Notes on the propagation and cultivation of the medicinal cinchonas, or Peruvian bark trees
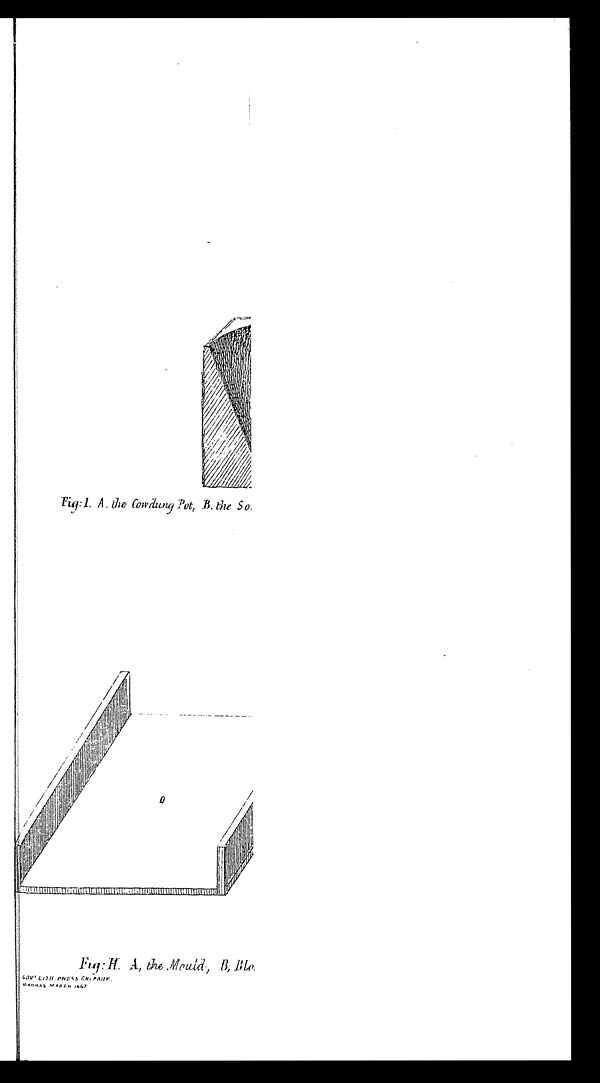
Fig: 1. A. the Cowdung Pot, B. the So.
Fig: H. A, the Mould, B, Blo
GOVT LI TH PRESS C
H E P A U K M A D R A S M A R C H 1 8 6 7